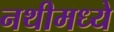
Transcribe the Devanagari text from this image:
नथीमध्ये